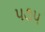
૫૭૫